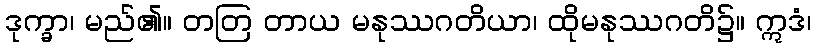
ဒုက္ခာ၊ မည်၏။ တတြ တာယ မနုဿဂတိယာ၊ ထိုမနုဿဂတိ၌။ ဣဒံ၊